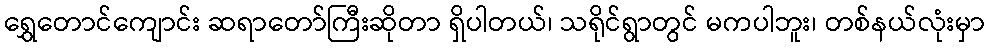
ရွှေတောင်ကျောင်း ဆရာတော်ကြီးဆိုတာ ရှိပါတယ်၊ သရိုင်ရွာတွင် မကပါဘူး၊ တစ်နယ်လုံးမှာ